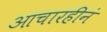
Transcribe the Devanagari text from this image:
आचारहीनं